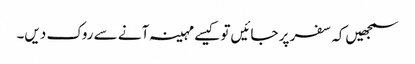
سمجھیں‌کہ سفر پر جائیں‌تو کیسے مہینہ آنے سے روک دیں۔